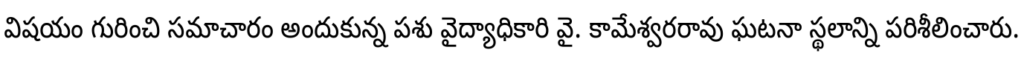
విషయం గురించి సమాచారం అందుకున్న పశు వైద్యాధికారి వై. కామేశ్వరరావు ఘటనా స్థలాన్ని పరిశీలించారు.